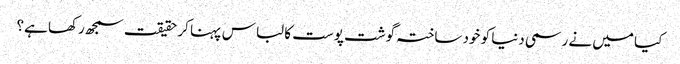
کیا میں نے رسمی دنیا کو خود ساختہ گوشت پوست کا لباس پہنا کر حقیقت سمجھ رکھا ہے؟